Indian journal of veterinary science and animal husbandry - Volumes 24-25, 1954-1955
Year: 1954
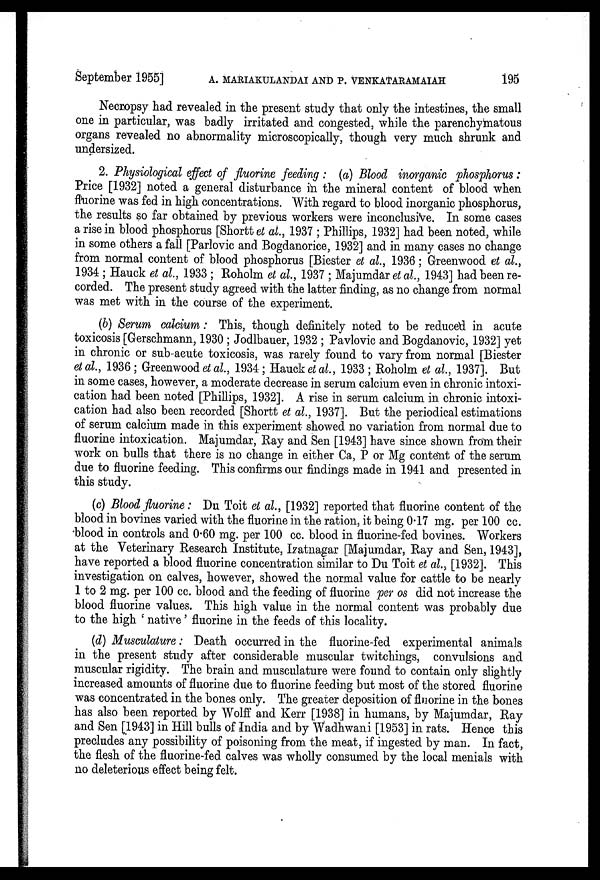
September 1955] A. MARIAKULANDAI AND P. VENKATARAMAIAH 195
Necropsy had revealed in the present study that only the intestines, the small
one in particular, was badly irritated and congested, while the parenchymatous
organs revealed no abnormality microscopically, though very much shrunk and
undersized.
2. Physiological effect of fluorine feeding: (a) Blood inorganic phosphorus:
Price [1932] noted a general disturbance in the mineral content of blood when
fluorine was fed in high concentrations. With regard to blood inorganic phosphorus,
the results so far obtained by previous workers were inconclusive. In some cases
a rise in blood phosphorus [Shortt et al., 1937; Phillips, 1932] had been noted, while
in some others a fall [Parlovic and Bogdanorice, 1932] and in many cases no change
from normal content of blood phosphorus [Biester et al., 1936; Greenwood et al.,
1934; Hauck et al., 1933; Roholm et al., 1937; Majumdar et al., 1943] had been re-
corded. The present study agreed with the latter finding, as no change from normal
was met with in the course of the experiment.
(b) Serum calcium: This, though definitely noted to be reduced in acute
toxicosis [Gerschmann, 1930; Jodlbauer, 1932; Pavlovic and Bogdanovic, 1932] yet
in chronic or sub-acute toxicosis, was rarely found to vary from normal [Biester
et al., 1936; Greenwood et al., 1934; Hauck et al., 1933; Roholm et al., 1937]. But
in some cases, however, a moderate decrease in serum calcium even in chronic intoxi-
cation had been noted [Phillips, 1932]. A rise in serum calcium in chronic intoxi-
cation had also been recorded [Shortt et al., 1937]. But the periodical estimations
of serum calcium made in this experiment showed no variation from normal due to
fluorine intoxication. Majumdar, Ray and Sen [1943] have since shown from their
work on bulls that there is no change in either Ca, P or Mg content of the serum
due to fluorine feeding. This confirms our findings made in 1941 and presented in
this study.
(c) Blood fluorine: Du Toit et al., [1932] reported that fluorine content of the
blood in bovines varied with the fluorine in the ration, it being 0.17 mg. per 100 cc.
blood in controls and 0.60 mg. per 100 cc. blood in fluorine-fed bovines. Workers
at the Veterinary Research Institute, Izatnagar [Majumdar, Ray and Sen, 1943],
have reported a blood fluorine concentration similar to Du Toit et al., [1932]. This
investigation on calves, however, showed the normal value for cattle to be nearly
1 to 2 mg. per 100 cc. blood and the feeding of fluorine per os did not increase the
blood fluorine values. This high value in the normal content was probably due
to the high 'native' fluorine in the feeds of this locality.
(d) Musculature: Death occurred in the fluorine-fed experimental animals
in the present study after considerable muscular twitchings, convulsions and
muscular rigidity. The brain and musculature were found to contain only slightly
increased amounts of fluorine due to fluorine feeding but most of the stored fluorine
was concentrated in the bones only. The greater deposition of fluorine in the bones
has also been reported by Wolff and Kerr [1938] in humans, by Majumdar, Ray
and Sen [1943] in Hill bulls of India and by Wadhwani [1953] in rats. Hence this
precludes any possibility of poisoning from the meat, if ingested by man. In fact,
the flesh of the fluorine-fed calves was wholly consumed by the local menials with
no deleterious effect being felt.